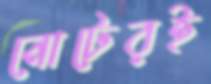
নোটেরই